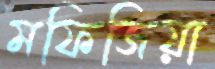
মফিজিয়া